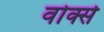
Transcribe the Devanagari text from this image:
वोर्क्स